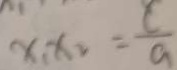
x _ { 1 } x _ { 2 } = \frac { c } { a }